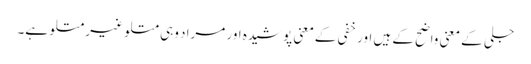
جلی کے معنی واضح کے ہیں اور خفی کےمعنی پوشیدہ اور مراد وہی متلو غیر متلو ہے۔